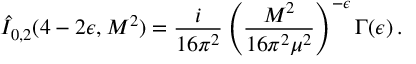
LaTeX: \hat { I } _ { 0 , 2 } ( 4 - 2 \epsilon , M ^ { 2 } ) = \frac { i } { 1 6 \pi ^ { 2 } } \left( \frac { M ^ { 2 } } { 1 6 \pi ^ { 2 } \mu ^ { 2 } } \right) ^ { - \epsilon } \Gamma ( \epsilon ) \, .